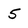
Character: 5